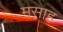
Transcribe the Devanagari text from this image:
मसाह